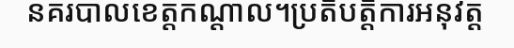
នគរបាលខេត្តកណ្តាល។ប្រតិបត្តិការអនុវត្ត